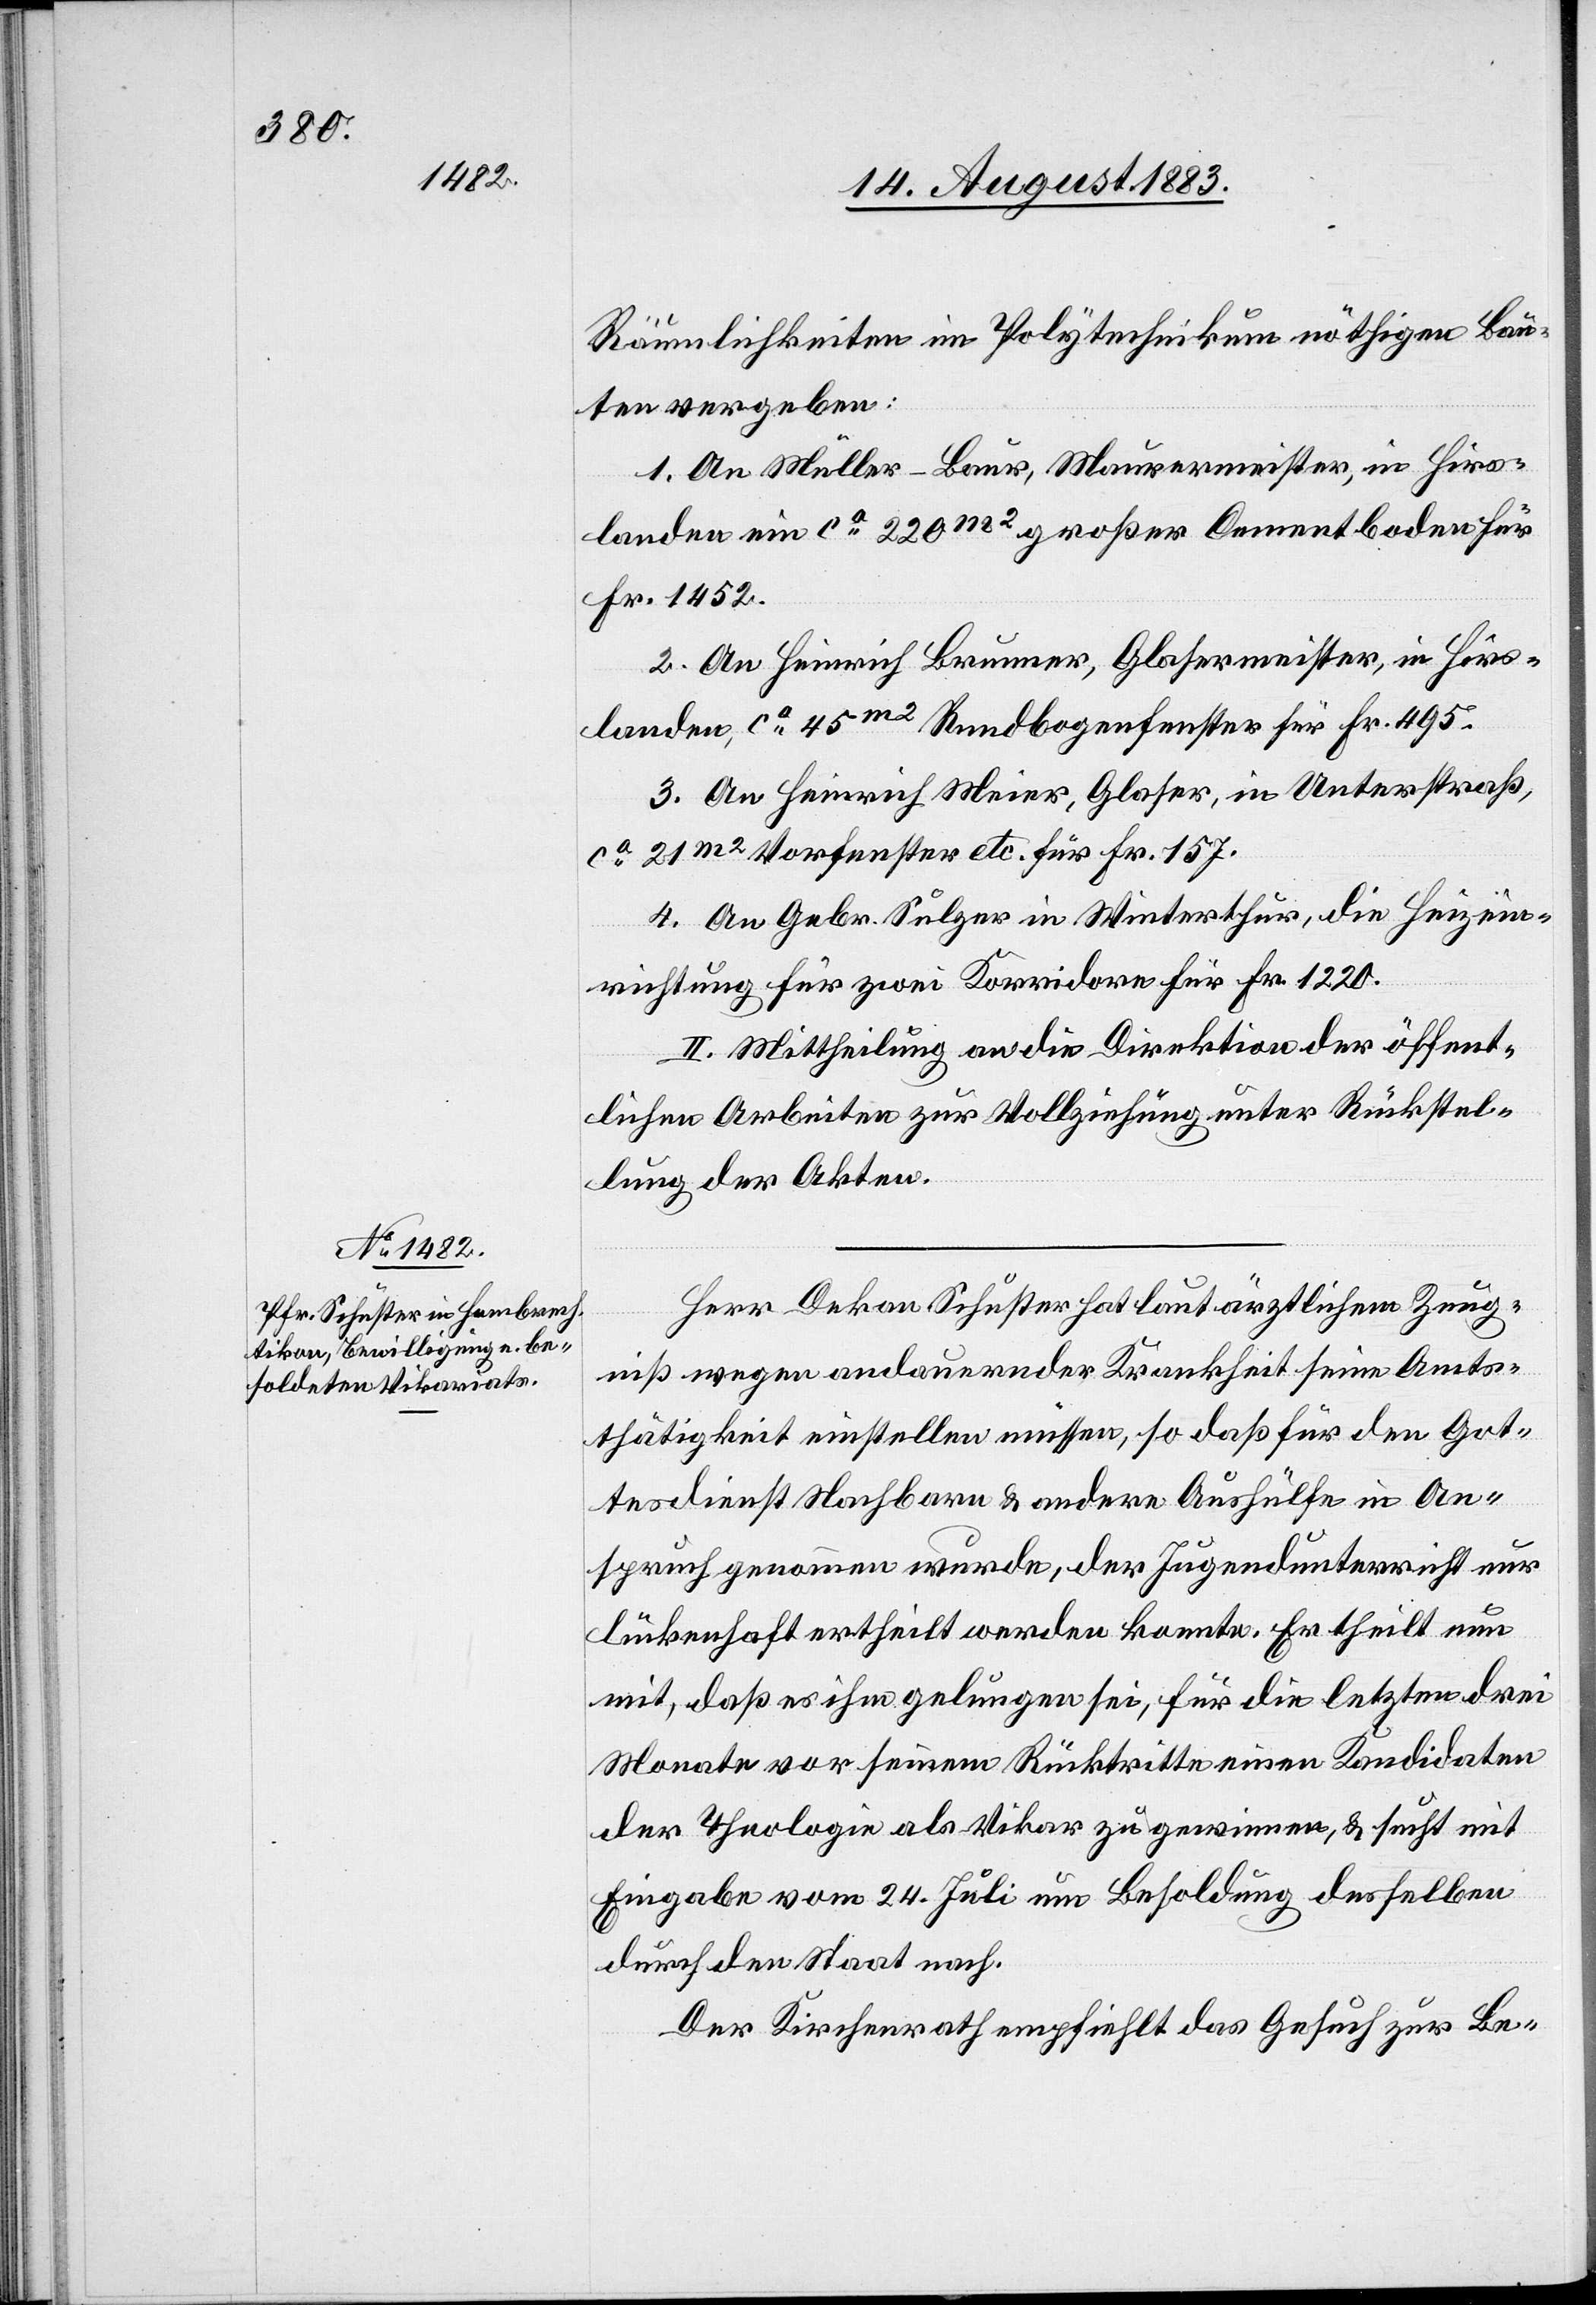
Räumlichkeiten im Polytechnikum nöthigen Bau¬
ten vergeben:
1. An Müller-Baur, Maurermeister, in Hirs¬
landen ein ca 220m2 großer Cementboden für
Fr. 1452.
2. An Heinrich Brunner, Glasermeister, in Hirs¬
landen, ca 45m2 Rundbogenfenster für Fr. 495.
3. An Heinrich Meier, Glaser, in Unterstraß,
ca 21m2 Vorfenster etc. für Fr. 157.
4. An Gebr. Sulzer in Winterthur, die Heizein¬
richtung für zwei Korridore für Fr. 1220.
II. Mittheilung an die Direktion der öffent¬
lichen Arbeiten zur Vollziehung unter Rückstel¬
lung der Akten.
Herr Dekan Schuster hat laut ärztlichem Zeug¬
niß wegen andauernder Krankheit seine Amts¬
thätigkeit einstellen müssen, so daß für den Got¬
tesdienst Nachbarn & andere Aushülfe in An¬
spruch genommen wurde, der Jugendunterricht nur
lückenhaft ertheilt werden konnte. Er theilt nun
mit, daß es ihm gelungen sei, für die letzten drei
Monate vor seinem Rücktritte einen Kandidaten
der Theologie als Vikar zu gewinnen, & sucht mit
Eingabe vom 24. Juli um Besoldung desselben
durch den Staat nach.
Der Kirchenrath empfiehlt das Gesuch zur Be-